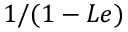
1 / ( 1 - L e )